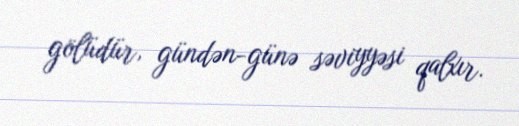
gölüdür, gündən-günə səviyyəsi qalxır.